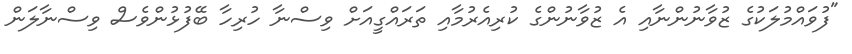
"ފުވައްމުލަކުގެ ޒުވާނުންނާއި އެ ޒުވާނުންގެ ކުރިއެރުމާއި ތަރައްގީއަށް ވިސްނާ ހުރިހާ ބޭފުޅުންވެސް ވިސްނާލަން